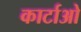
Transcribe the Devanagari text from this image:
कार्टाओ